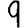
Digit: 9